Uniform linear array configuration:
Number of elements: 48
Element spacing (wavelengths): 1
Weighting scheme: hamming
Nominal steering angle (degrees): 0
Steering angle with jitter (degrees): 1.078
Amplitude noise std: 0.05
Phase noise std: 0.05

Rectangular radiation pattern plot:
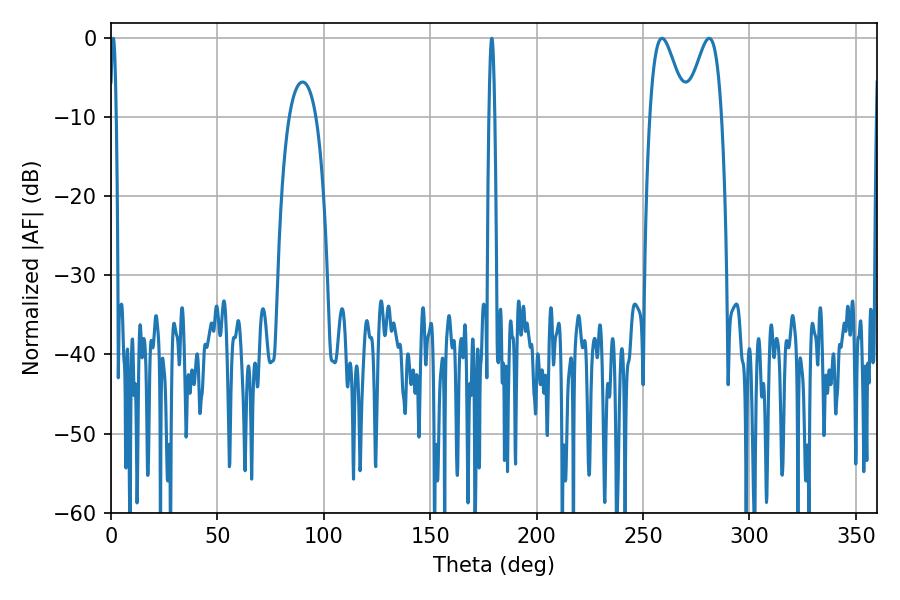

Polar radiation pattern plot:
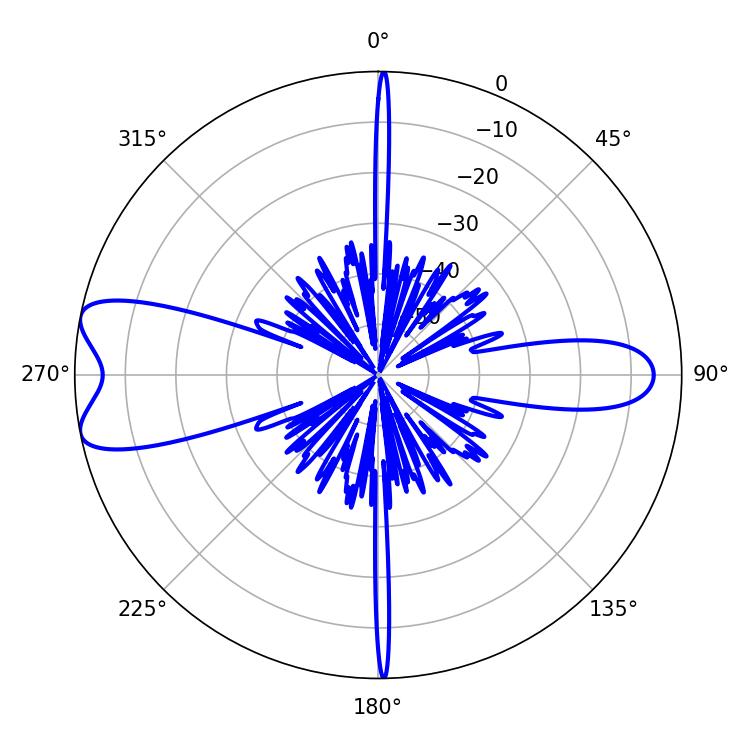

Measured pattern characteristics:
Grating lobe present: TRUE
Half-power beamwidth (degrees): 1.44
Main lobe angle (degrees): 178.92